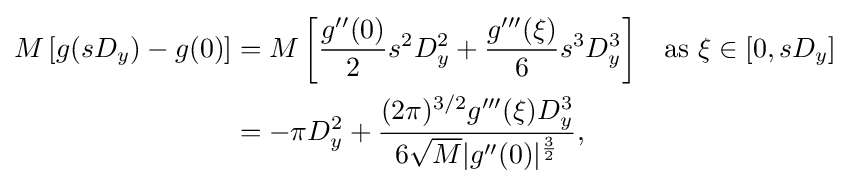
{\begin{aligned}M\left[g(sD_{y})-g(0)\right]&=M\left[{\frac {g''(0)}{2}}s^{2}D_{y}^{2}+{\frac {g'''(\xi )}{6}}s^{3}D_{y}^{3}\right]&&{\text{as }}\xi \in [0,sD_{y}]\\&=-\pi D_{y}^{2}+{\frac {(2\pi )^{3/2}g'''(\xi )D_{y}^{3}}{6{\sqrt {M}}|g''(0)|^{\frac {3}{2}}}},\end{aligned}}